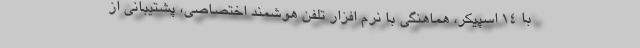
با 14 اسپیکر، هماهنگی با نرم افزار تلفن هوشمند اختصاصی، پشتیبانی از